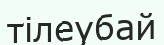
тілеубай